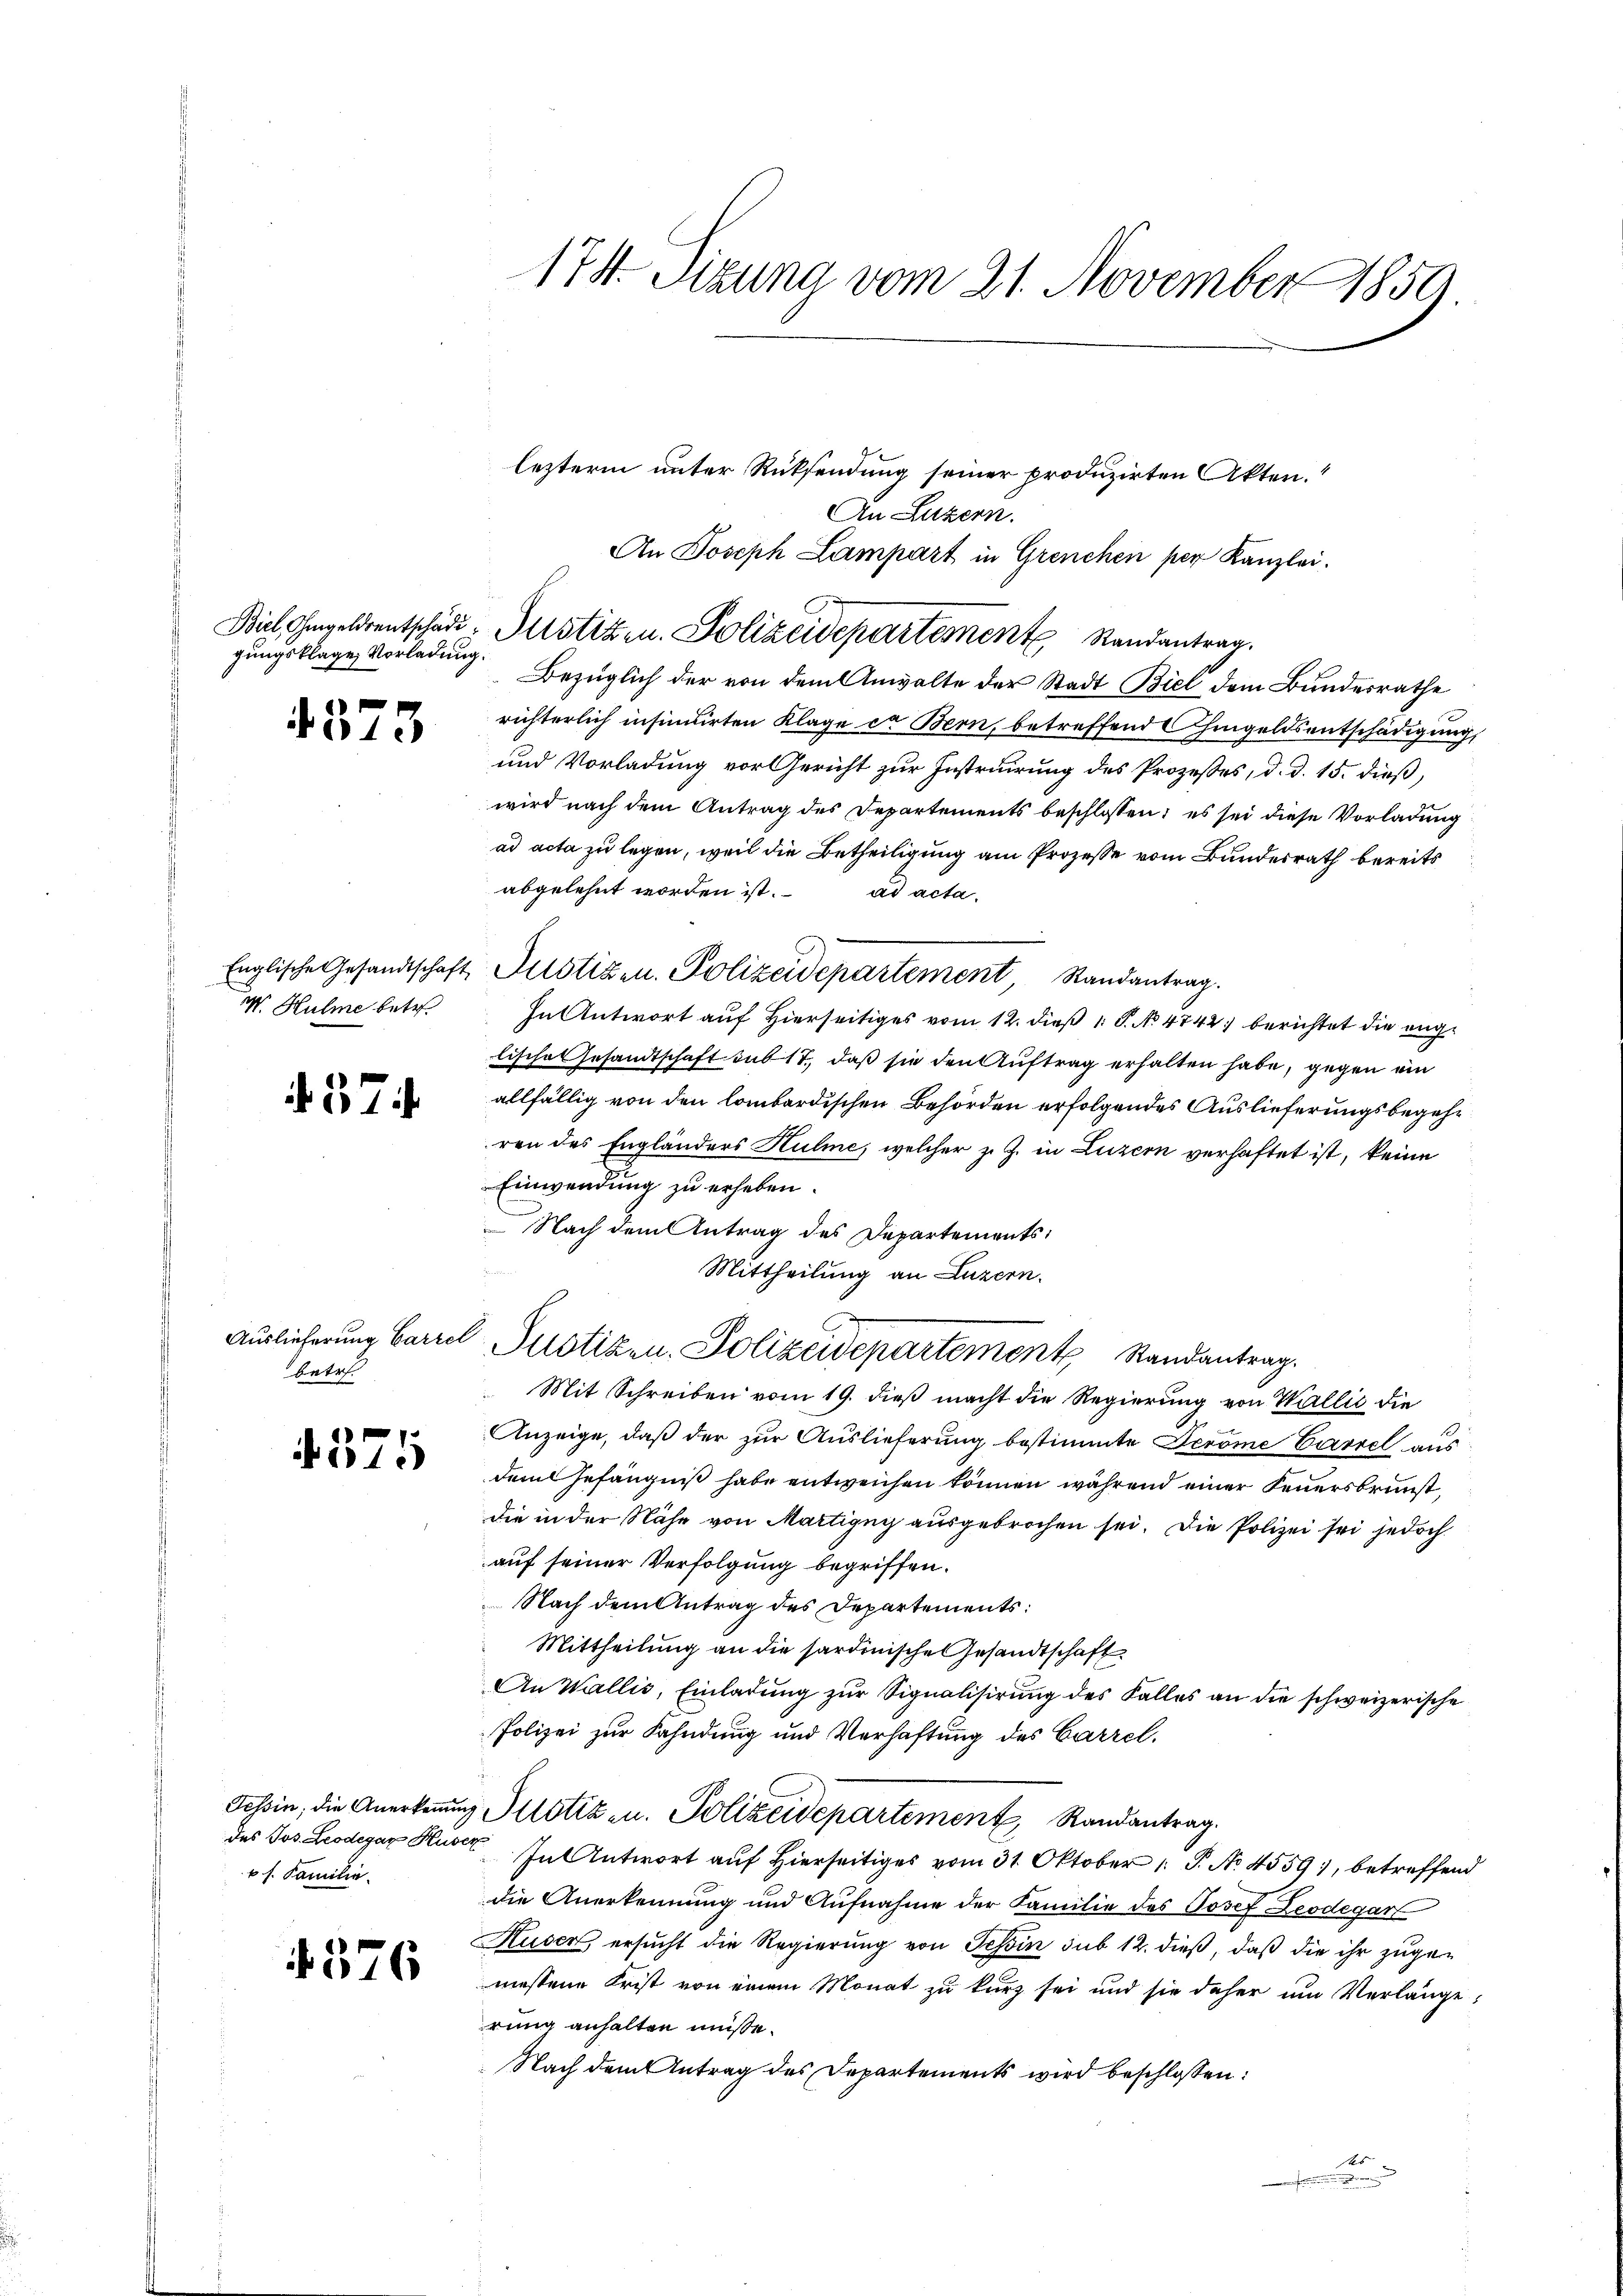
gungsklage, Vorladung

4573

W. Hulme betr.

.37

Auslieferung Carzel
betr.

4375

Tessin; die Anerkennen,
des Jos. Leodegar Huse
k s. Familie.

376

17. Szuna vom 21. November 1850

lezterm unter Rücksendung seiner produzirten Akten.
An Luzern.
An Joseph Lampart in Grenchen per Kanzlei.
Biel Hegeldrentschädi- Justizen. Polizeidepartement Randantrag.
Bezüglich der von dem Anwalte der Stadt Biel dem Bundesrathe
richterlich insinuirten Klage er Bern, betreffend hingeldsentschädigung,
und Vorladung vor Gericht zur Instruirung des Prozesses, d. d. 15. dieß,
wird nach dem Antrag des Departements beschlossen; es sei diese Vorladung
ad acta zu legen, weil die Betheiligung am Prozesse vom Bundesrath bereits
abgelehnt worden ist. ad acta.
Englische Gesandtschaft Justizen. Polizeidepartement Randantrag.
In Antwort auf Hierseitiges vom 12. dieß P. No 4742) berichtet die englische Gesandtschaft sub 17, daß sie den Auftrag erhalten habe, gegen ein
allfällig von den lombardischen Behörden erfolgendes Auslieferungsbegehren des Engländers Hulme, welcher z. Z. in Luzern verhaftet ist, keine
Einwendung zu erheben.
 Nach dem Antrag des Departements
Mittheilung an Luzern.
 Justizen Polizeidepartement Randantrag.
Mit Schreiben vom 19. dieß macht die Regierung von Wallić die
Anzeige, daß der zur Auslieferung bestimmte Jerome Cavrel aus
dem Gefängniß habe entweichen können, während einer Feuersbrunst,
die in der Nähe von Martigny ausgebrochen sei. Die Polizei sei jedoch
auf seiner Verfolgung begriffen.
Nach dem Antrag des Departements:
Mittheilung an die sardinische Gesandtschaft
An Wallis, Einladung zur Signalisirung des Falles an die schweizerische
Polizei zur Fahndung und Verhaftung des Carzel.
 Justiz- u. Polizeidepartement Randantrag.
 In Antwort auf Hierseitiges vom 31. Oktober 1 P. No. 4559, betreffend
die Anerkennung und Aufnahme der Familie des Josef Leodegart
Huser, ersucht die Regierung von Tessin sub 12. dieß, daß die ihr zugemessene Frist von einem Monat zu kurz sei und sie daher um Verlänge:
rung anhalten müsse.
Nach dem Antrag des Departements wird beschlossen:
ses
.